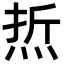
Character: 焎